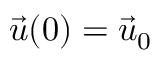
\vec { u } ( 0 ) = \vec { u } _ { 0 }